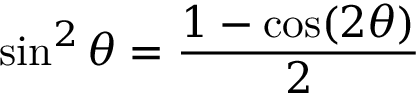
\sin ^ { 2 } \theta = { \frac { 1 - \cos ( 2 \theta ) } { 2 } }